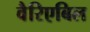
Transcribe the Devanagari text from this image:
वैरिएबिल